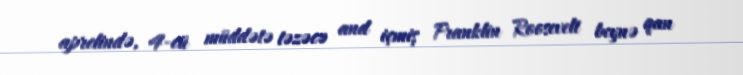
aprelində, 4-cü müddətə təzəcə and içmiş Franklin Roosevelt beynə qan